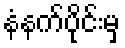
နံနက်ပိုင်းမှ